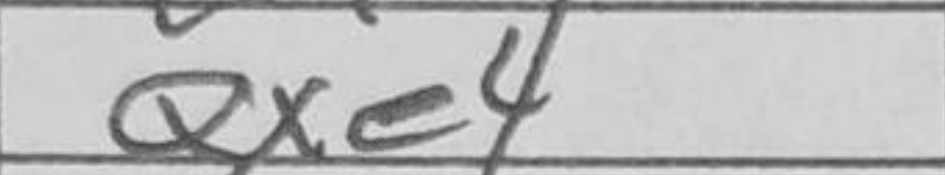
Transcription: Qxe4